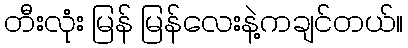
တီးလုံး မြန် မြန်လေးနဲ့ကချင်တယ်။